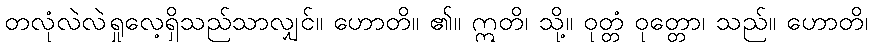
တလုံလဲလဲရှုလေ့ရှိသည်သာလျှင်။ ဟောတိ။ ၏။ ဣတိ၊ သို့။ ဝုတ္တံ ဝုတ္တော၊ သည်။ ဟောတိ၊